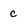
Character: c